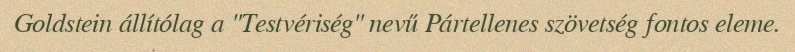
Goldstein állítólag a "Testvériség" nevű Pártellenes szövetség fontos eleme.